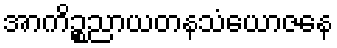
အာကိဉ္စညာယတနသံယောဇနေ